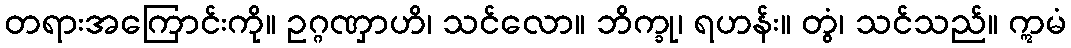
တရားအကြောင်းကို။ ဥဂ္ဂဏှာဟိ၊ သင်လော။ ဘိက္ခု၊ ရဟန်း။ တွံ၊ သင်သည်။ ဣမံ